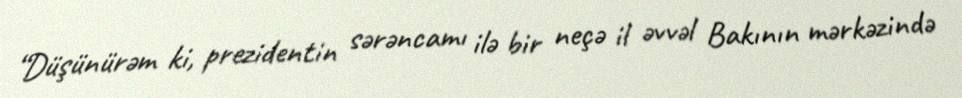
“Düşünürəm ki, prezidentin sərəncamı ilə bir neçə il əvvəl Bakının mərkəzində